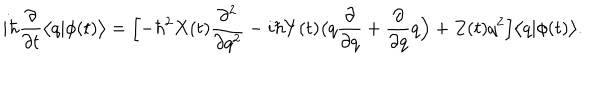
LaTeX: i \hbar \frac { \partial } { \partial t } \bigl < q | \phi ( t ) \bigr > = \Bigl [ - \hbar ^ { 2 } X ( t ) \frac { \partial ^ { 2 } } { \partial q ^ { 2 } } - i \hbar Y ( t ) \bigl ( q \frac { \partial } { \partial q } + \frac { \partial } { \partial q } q \Bigr ) + Z ( t ) q ^ { 2 } \Bigr ] \bigl < q | \phi ( t ) \bigr > .